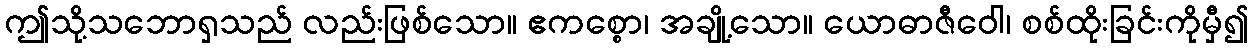
ဤသို့သဘောရှသည် လည်းဖြစ်သော။ ဧကစ္စော၊ အချို့သော။ ယောဓာဇီဝေါ၊ စစ်ထိုးခြင်းကိုမှီ၍